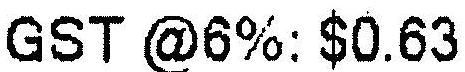
GST @6%: $0.63